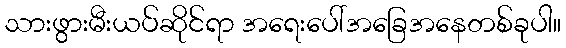
သားဖွားမီးယပ်ဆိုင်ရာ အရေးပေါ်အခြေအနေတစ်ခုပါ။